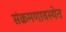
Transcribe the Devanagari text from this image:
संक्रमणावस्थेत